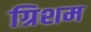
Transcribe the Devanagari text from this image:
ग्रिशम